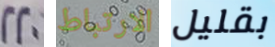
220 الارتباط بقليل